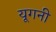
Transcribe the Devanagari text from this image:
यूगनी